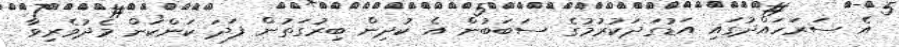
އެ ސަރަހައްދުގައި އަޑުގަދަކުރުމުގެ ސަބަބުން އެ ކުދިން ބިރުގަތުން ފަދަ ކަންކަން މެދުވެރިވާ